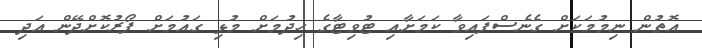
އޮތުން ނިމުމަކަށް ގެނެސްފައިވާ ކަމަށާއި ޓުވިޓާގެ ހިދުމަށް މުޅި ގައުމަށް ފޯރުކޮށްދޭން އަދި